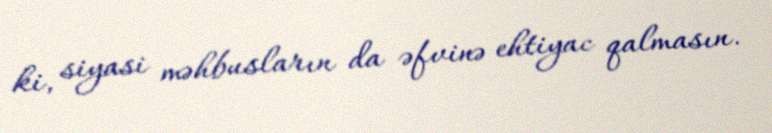
ki, siyasi məhbusların da əfvinə ehtiyac qalmasın.